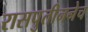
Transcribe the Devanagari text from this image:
रासपुतीननेच